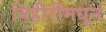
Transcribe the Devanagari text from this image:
विहीरींमधून